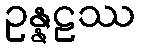
ဥန္နဠဿ